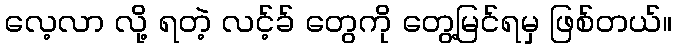
လေ့လာ လို့ ရတဲ့ လင့်ခ် တွေကို တွေ့မြင်ရမှ ဖြစ်တယ်။